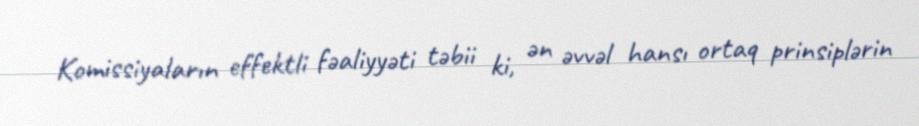
Komissiyaların effektli fəaliyyəti təbii ki, ən əvvəl hansı ortaq prinsiplərin